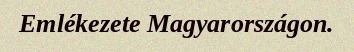
Emlékezete Magyarországon.